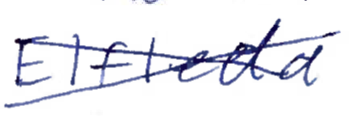
Text: Elfleda
Cross-out: cross
Writing tool: ballpoint